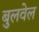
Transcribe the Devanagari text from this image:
बुलवेल